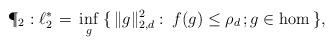
LaTeX: \begin{align*}\P_2:\ell^*_2\,=\,\inf_g\:\{\,\Vert g\Vert_{2,d}^2: \:f(g)\leq\rho_d\,;g\in\hom\,\},\end{align*}